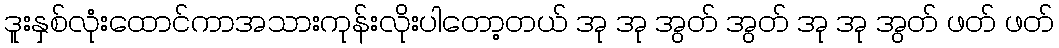
ဒူးနှစ်လုံးထောင်ကာအသားကုန်းလိုးပါတော့တယ် အု အု အွတ် အွတ် အု အု အွတ် ဖတ် ဖတ်